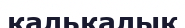
калькалық